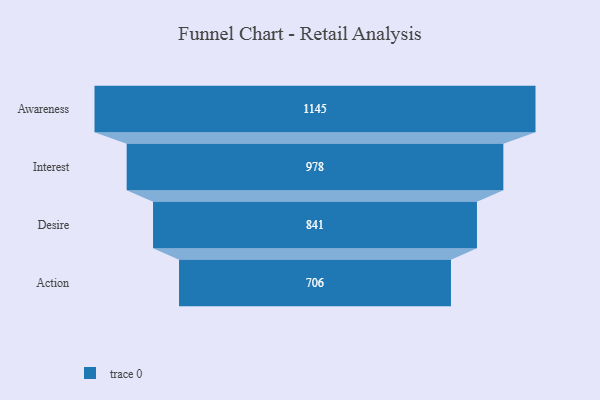
{"axis": {"x": "Stage", "y": "Value"}, "legend": [""], "data": [{"x": "Awareness", "y": 1145.0, "type": ""}, {"x": "Interest", "y": 978.0, "type": ""}, {"x": "Desire", "y": 841.0, "type": ""}, {"x": "Action", "y": 706.0, "type": ""}]}